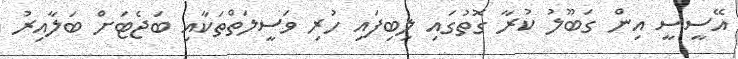
އޭސީސީ އިން ގަބޫލު ކުރާ ގޮތުގައި ލިބިފައި ހުރި ވަސީލަތްތަކާއި ބަޖެޓަށް ބަލާއިރު